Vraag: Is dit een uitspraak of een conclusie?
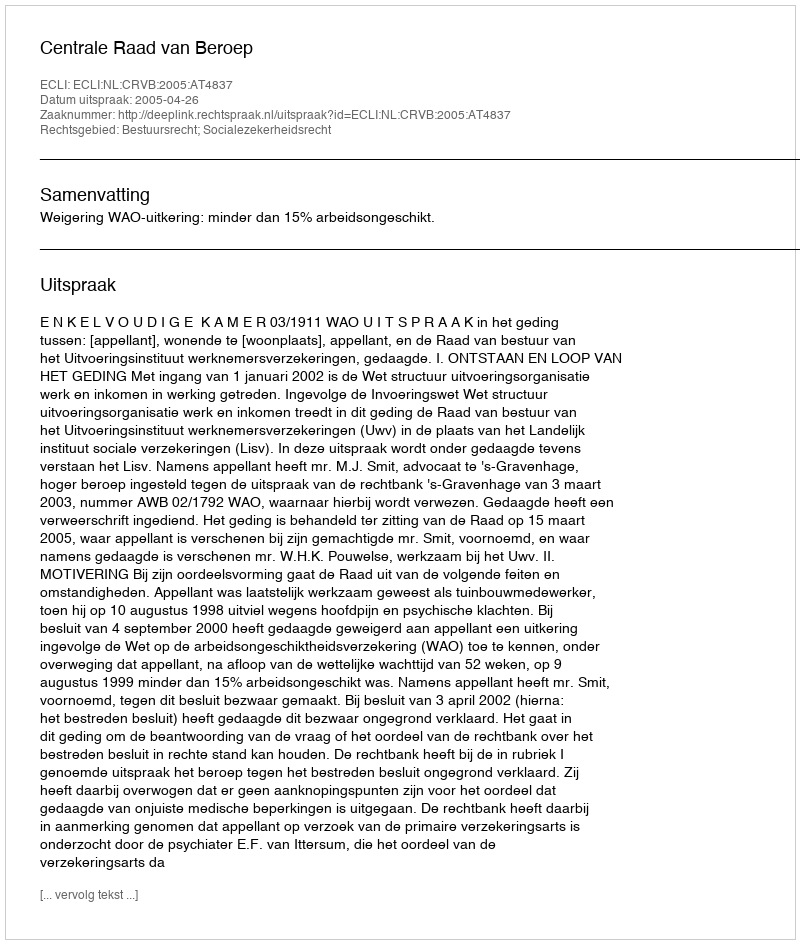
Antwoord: Uitspraak